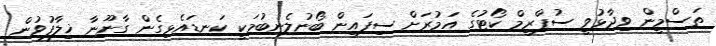
ތަސްމީން ވިދާޅުވީ ސުޕްރީމް ކޯޓުގެ އަމުރަށް ސިފައިން ބޯނުލެނބުމަކީ ކަނޑައެޅިގެން ގާނޫނާ ޚިލާފުވުން